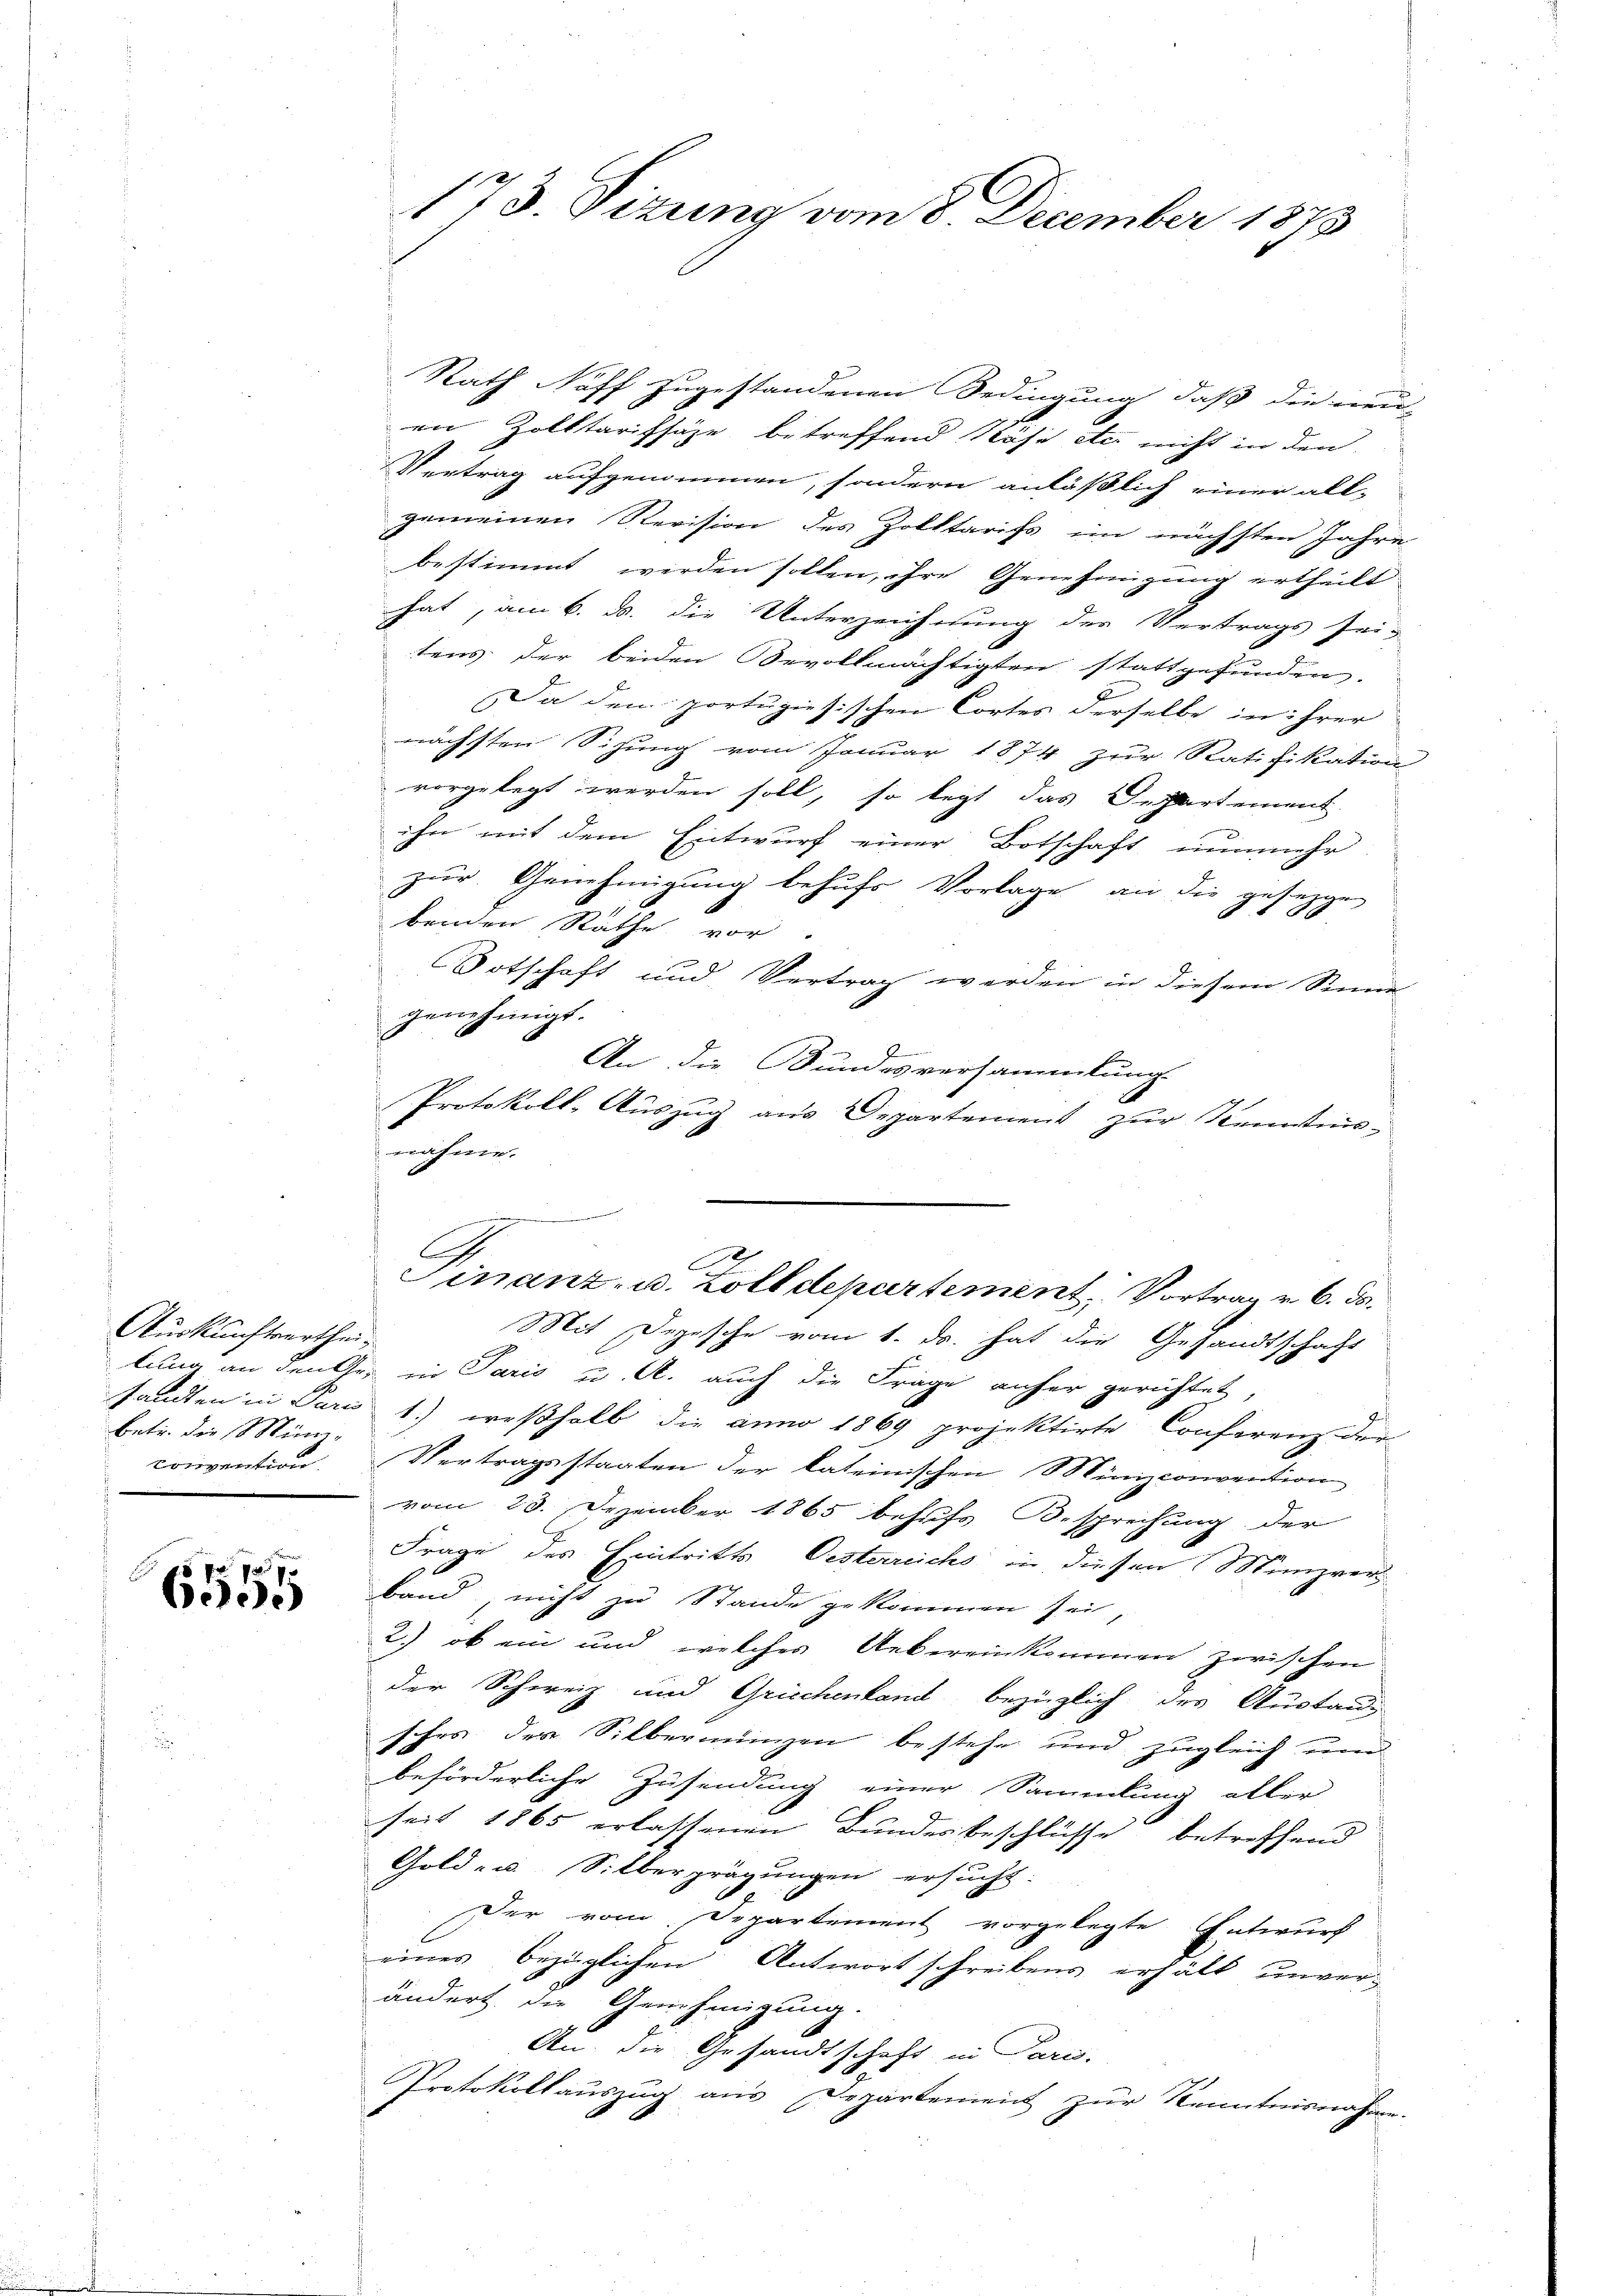
Auskunftvertheibetr. die Münz-

45 x 10 x
bele

Rath Noff zugestandenen Bedingung, daß die neu-
en Zolktarifsäze betreffend Nöse etc. nicht in den
Vertrag aufgenommen, sondern anläßlich einer all-
gemeinen Revision des Zolltarifs im nächsten Jahre
bestimmt werden sollen, ihre Genehmigung ertheilt
hat, am 6. d. die Unterzeichnung der Vertrags sei-
tens der beiden Bevollmächtigten stattgefunden.
Da dem portugisischen Cortes derselbe in ihrer
nächsten Sizung vom Januar 1874 zur Ratifikation
vorgelegt werden soll, so legt das Departement
ihn mit dem Entwurf einer Botschaft nunmehr
zur Genehmigung behufs Vorlage an die gesezgen
benden Räthe vor
Ortschaft und Vertrag werden in diesem Sinne
genehmigt.
An die Bundesversammlung
Protokoll, Auszug aus Departement zur Kenntnisnähme.

173. Sizung vom 8. December 1873

A
d
Finanz- u. Zolldepartement, Vortrag v. 6. ds.

Mit Depesche vom 1. ds. hat die Gesandtschaft
lung an den Gr. in Paris u. A. auch die Frage anher gerichtet,
sandten in Par 1.) weßhalb die anno 1869 projektirte Conferenz der
convention. Vertragsstaaten der kateinischen Munizconvention
vom 23. Dezember 1865 behufs Besprechung der
Frage des Eintritts Oesterreichs in diesen Münzrer
band, nicht zu Stande gekommen sei,
2.) ob ein und welches Uebereinkommen zwischen
der Schweiz und Griechenland bezüglich des Austansches der Silbermingen bestehe und zugleich und
beförderliche Zusendung einer Sammlung aller
seit 1865 erlassenen Bundesbeschlüsse betreffend
Gold- u. Silberprägungen ersucht.
Der vom Departement vorgelegte Entwurf
eines bezüglichen Antwort schreibens erhält unverändert die Genehmigung.
An: die Gesandtschaft in Paris.
Protokollauszug aus Departement zur Kenntnisnahme.